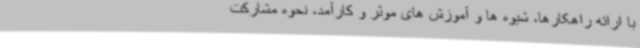
با ارائه راهکارها، شیوه ها و آموزش های موثر و کارآمد، نحوه مشارکت